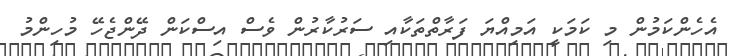
އެހެންކަމުން މި ކަމަކީ އަމިއްޔަ ފަރާތްތަކާއި ސަރުކާރުން ވެސް އިސްކަން ދޭންޖެހޭ މުހިންމު